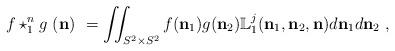
LaTeX: \begin{align*}f\star_{1}^{n} g \ (\mathbf{n}) \ = \iint_{S^{2}\times S^{2}}f(\mathbf{n}_{1})g(\mathbf{n}_{2})\mathbb{L}^{j}_{1}(\mathbf{n}_{1},\mathbf{n}_{2},\mathbf{n})d\mathbf{n}_{1}d\mathbf{n}_{2} \ ,\end{align*}